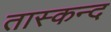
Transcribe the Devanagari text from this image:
तास्कन्द